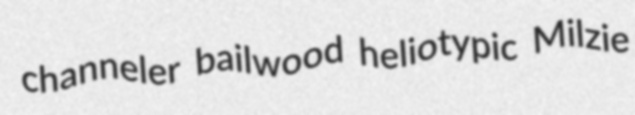
channeler bailwood heliotypic Milzie